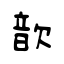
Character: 歆